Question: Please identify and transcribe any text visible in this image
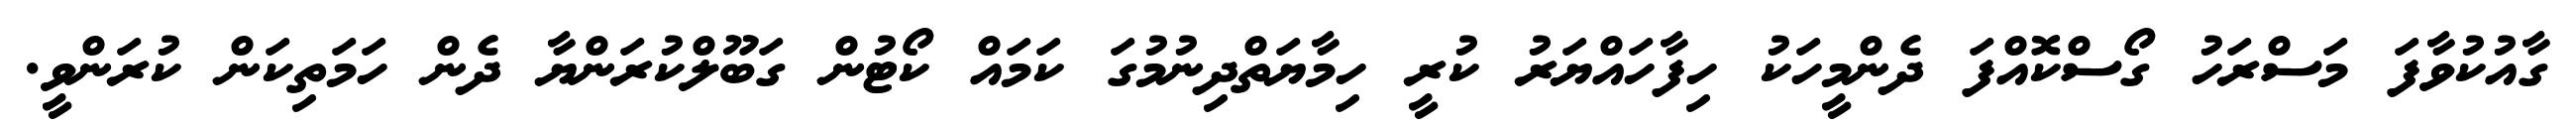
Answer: ގާއުކުވާފަ މަސްރަހު ގޯސްކޮއްފަ ދެންމީހަކު ހިފާހައްޔަރު ކުރީ ހިމާޔަތްދިނުމުގަ ކަމައް ކޯޓުން ގަބޫލްކުރަންޔާ ދެން ހަމަތިކަން ކުރަންވީ.